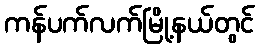
ကန်ပက်လက်မြို့နယ်တွင်